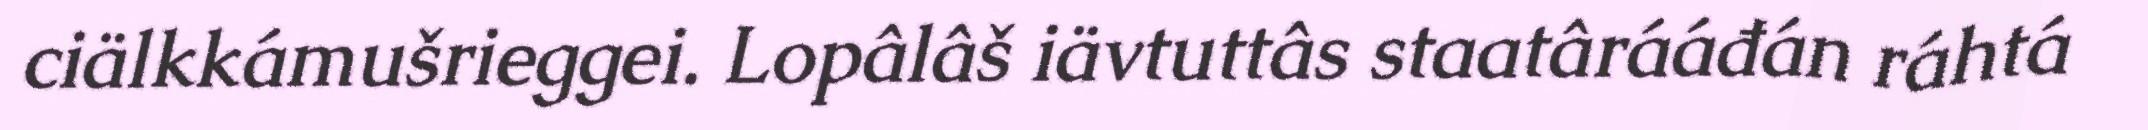
ciälkkámušrieggei. Lopâlâš iävtuttâs staatârááđán ráhtá